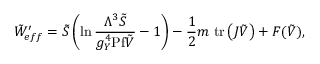
\tilde { W } _ { e f f } ^ { \prime } = \tilde { S } \left( \ln { \frac { \Lambda ^ { 3 } \tilde { S } } { g _ { Y } ^ { 4 } \mathrm { P f } \tilde { V } } } - 1 \right) - { \frac { 1 } { 2 } } m \ \mathrm { t r } \left( J \tilde { V } \right) + { \cal F } ( \tilde { V } ) ,